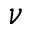
\nu